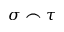
\sigma \frown \tau